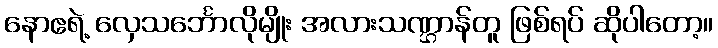
နောဧရဲ့ လှေသင်္ဘောလိုမျိုး အလားသဏ္ဌာန်တူ ဖြစ်ရပ် ဆိုပါတော့။